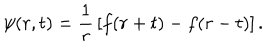
LaTeX: \psi ( r , t ) = { \frac { 1 } { r } } \left[ f ( r + t ) - f ( r - t ) \right] .